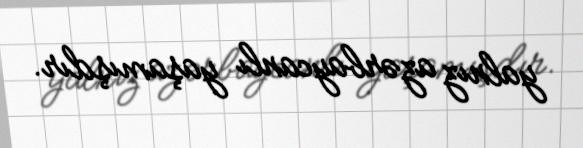
yalnız azərbaycanlı yaşamışdır.